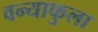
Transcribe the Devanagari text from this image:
वन्याफुला